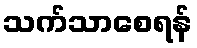
သက်သာစေရန်